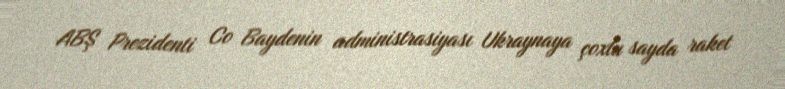
ABŞ Prezidenti Co Baydenin administrasiyası Ukraynaya çoxlu sayda raket